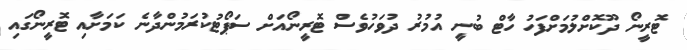
ޓޮރީނޯ ދޫކޮށްލުމަށްފަހު ހާޓް ބުނީ އުމުރު ދުވަހުވެސް ޓޮރީނޯއަށް ސަޕޯޓުކުރަމުންދާނެ ކަމަށާއި ޓޮރީނޯގައި